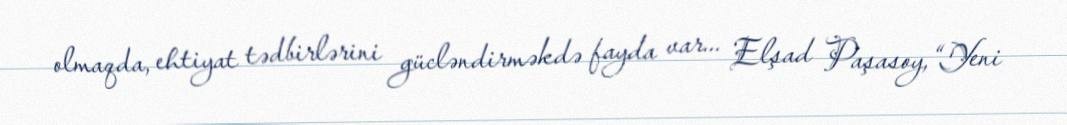
olmaqda, ehtiyat tədbirlərini gücləndirməkdə fayda var... Elşad Paşasoy,“Yeni